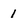
Character: 1